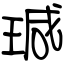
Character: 瑊